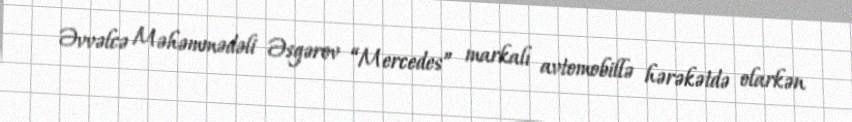
Əvvəlcə Məhəmmədəli Əsgərov “Mercedes” markalı avtomobillə hərəkətdə olarkən